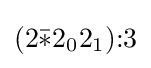
(2{\bar {*}}2_{0}2_{1}){:}3